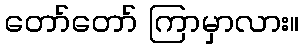
တော်တော် ကြာမှာလား။